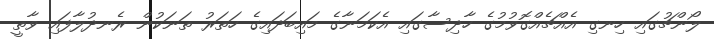
ލޯންޗުގައި ހިނގި އެއްޗެއްގޮވުމުގެ ހާދިސާގައި އެކަމަނާގެ މައިބަދައިގެ ހަތަރު ތަނަކުން ރެނދުލާފައި ވާތީ